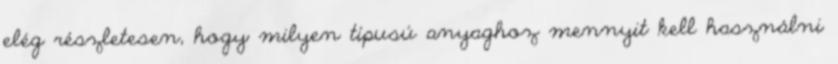
elég részletesen, hogy milyen típusú anyaghoz mennyit kell használni